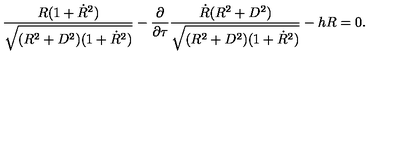
\frac { R ( 1 + { \dot { R } } ^ { 2 } ) } { \sqrt { ( R ^ { 2 } + D ^ { 2 } ) ( 1 + { \dot { R } } ^ { 2 } ) } } - \frac { \partial } { \partial \tau } \frac { { \dot { R } } ( R ^ { 2 } + D ^ { 2 } ) } { \sqrt { ( R ^ { 2 } + D ^ { 2 } ) ( 1 + { \dot { R } } ^ { 2 } ) } } - h R = 0 .